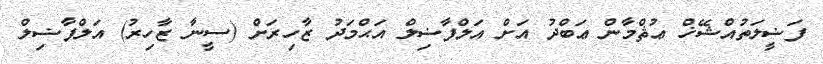
ފަޟީލަތުއްޝޭޚް ޢުޘްމާން ޢަބްދު އަށް އަލްފާޟިލް އަޙްމަދު ޒާހިރަށް (ސީނާ ޒާހިރު) އަލްފާޟިލް